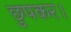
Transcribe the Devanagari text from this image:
छुपकर।